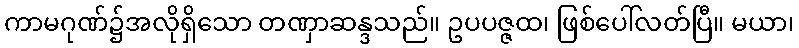
ကာမဂုဏ်၌အလိုရှိသော တဏှာဆန္ဒသည်။ ဥပပဇ္ဇထ၊ ဖြစ်ပေါ်လတ်ပြီ။ မယာ၊